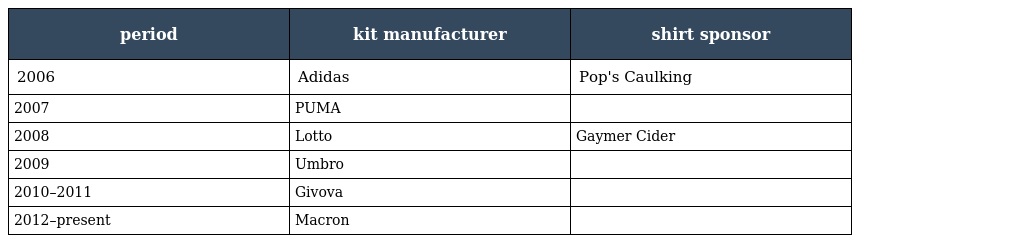
| period | kit manufacturer | shirt sponsor |
 | --- | --- | --- |
 | 2006 | Adidas | Pop's Caulking |
 | 2007 | PUMA |  |
 | 2008 | Lotto | Gaymer Cider |
 | 2009 | Umbro |  |
 | 2010–2011 | Givova |  |
 | 2012–present | Macron |  |